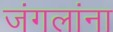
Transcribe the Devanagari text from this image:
जंगलांना